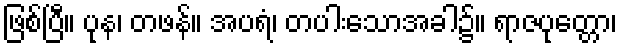
ဖြစ်ပြီ။ ပုန၊ တဖန်။ အပရံ၊ တပါးသောအခါ၌။ ရာဇပုတ္တော၊